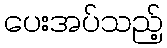
ပေးအပ်သည့်